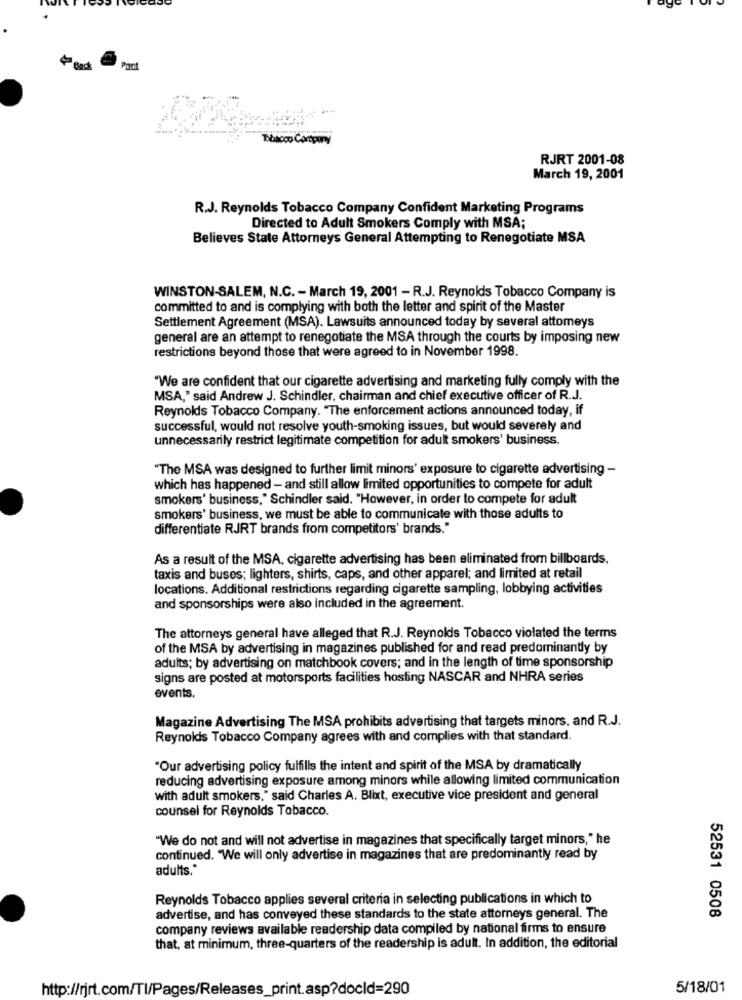
Pact
Busco Cartoni
RJRT 2001-08
March 19, 2001
R.J. Reynolds Tobacco Company Confident Marketing Programs
Directed to Adult Smokers Comply with MSA;
Believes State Attorneys General Attempting to Renegotiate MSA
WINSTON-SALEM, N.C. - March 19, 2001 - R.J. Reynolds Tobacco Company is
committed to and is complying with both the letter and spirit of the Master
Settlement Agreement (MSA). Lawsuits announced today by several attomeys
general are an attempt to renegotiate the MSA through the courts by imposing new
restrictions beyond those that were agreed to in November 1998.
"We are confident that our cigarette advertising and marketing fully comply with the
MSA," said Andrew J. Schindler, chairman and chief executive officer of R.J.
Reynolds Tobacco Company. "The enforcement actions announced today, if
successful, would not resolve youth-smoking issues, but would severely and
unnecessarily restrict legitimate competition for adult smokers' business.
"The MSA was designed to further limit minors' exposure to cigarette advertising -
which has happened - and still allow limited opportunities to compete for adult
smokers' business," Schindler said. "However, in order to compete for adult
smokers' business, we must be able to communicate with those adults to
differentiate RJRT brands from competitors' brands."
As a result of the MSA, cigarette advertising has been eliminated from billboards,
taxis and buses; lighters, shirts, caps, and other apparel; and limited at retail
locations. Additional restrictions regarding cigarette sampling, lobbying activities
and sponsorships were also Included in the agreement.
The attorneys general have alleged that R.J. Reynolds Tobacco violated the terms
of the MSA by advertising in magazines published for and read predominantly by
adults; by advertising on matchbook covers; and in the length of time sponsorship
signs are posted at motorsports facilities hosting NASCAR and NHRA series
events.
Magazine Advertising The MSA prohibits advertising that targets minors, and R.J.
Reynolds Tobacco Company agrees with and complies with that standard.
"Our advertising policy fulfills the intent and spirit of the MSA by dramatically
reducing advertising exposure among minors while allowing limited communication
with adult smokers," said Charles A. Blixt, executive vice president and general
counsel for Reynolds Tobacco.
"We do not and will not advertise in magazines that specifically target minors," he
continued. "We will only advertise in magazines that are predominantly read by
adults."
Reynolds Tobacco applies several criteria in selecting publications in which to
52531 0508
advertise, and has conveyed these standards to the state attorneys general. The
company reviews available readership data compiled by national firms to ensure
that, at minimum, three-quarters of the readership is adult. In addition, the editorial
http://rjrt.com/Tl/Pages/Releases_print.asp?docld=290
5/18/01